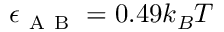
\epsilon _ { \mathrm { ~ A ~ B ~ } } = 0 . 4 9 k _ { B } T